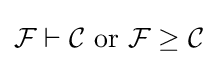
{\mathcal {F}}\vdash {\mathcal {C}}{\text{ or }}{\mathcal {F}}\geq {\mathcal {C}}